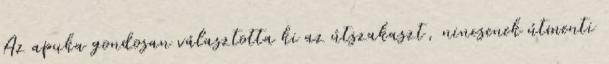
Az apuka gondosan választotta ki az útszakaszt, nincsenek útmenti